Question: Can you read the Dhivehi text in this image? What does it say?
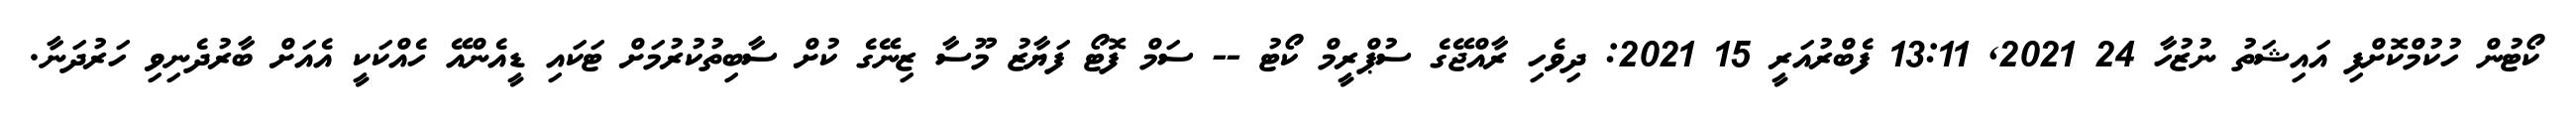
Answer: ކޯޓުން ހުކުމްކޮށްފި އައިޝަތު ނުޒުހާ 24 2021, 13:11 ފެބްރުއަރީ 15 2021: ދިވެހި ރާއްޖޭގެ ސުޕްރީމް ކޯޓު -- ސަމް ފޮޓޯ ފަޔާޒު މޫސާ ޒިނޭގެ ކުށް ސާބިތުކުރުމަށް ޓަކައި ޑީއެންއޭ ހެއްކަކީ އެއަށް ބާރުދެނިވި ހަރުދަނާ.